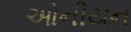
ઓનીયન